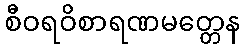
စီဝရဝိစာရဏမတ္တေန